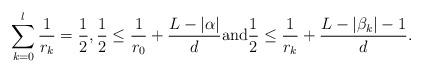
LaTeX: \begin{align*}\sum_{k=0}^{l} \frac{1}{r_k} = \frac{1}{2},\frac{1}{2} \leq \frac{1}{r_0} + \frac{L-|\alpha|}{d} {\rm and} \frac{1}{2} \leq \frac{1}{r_k} + \frac{L-|\beta_k|-1}{d}.\end{align*}